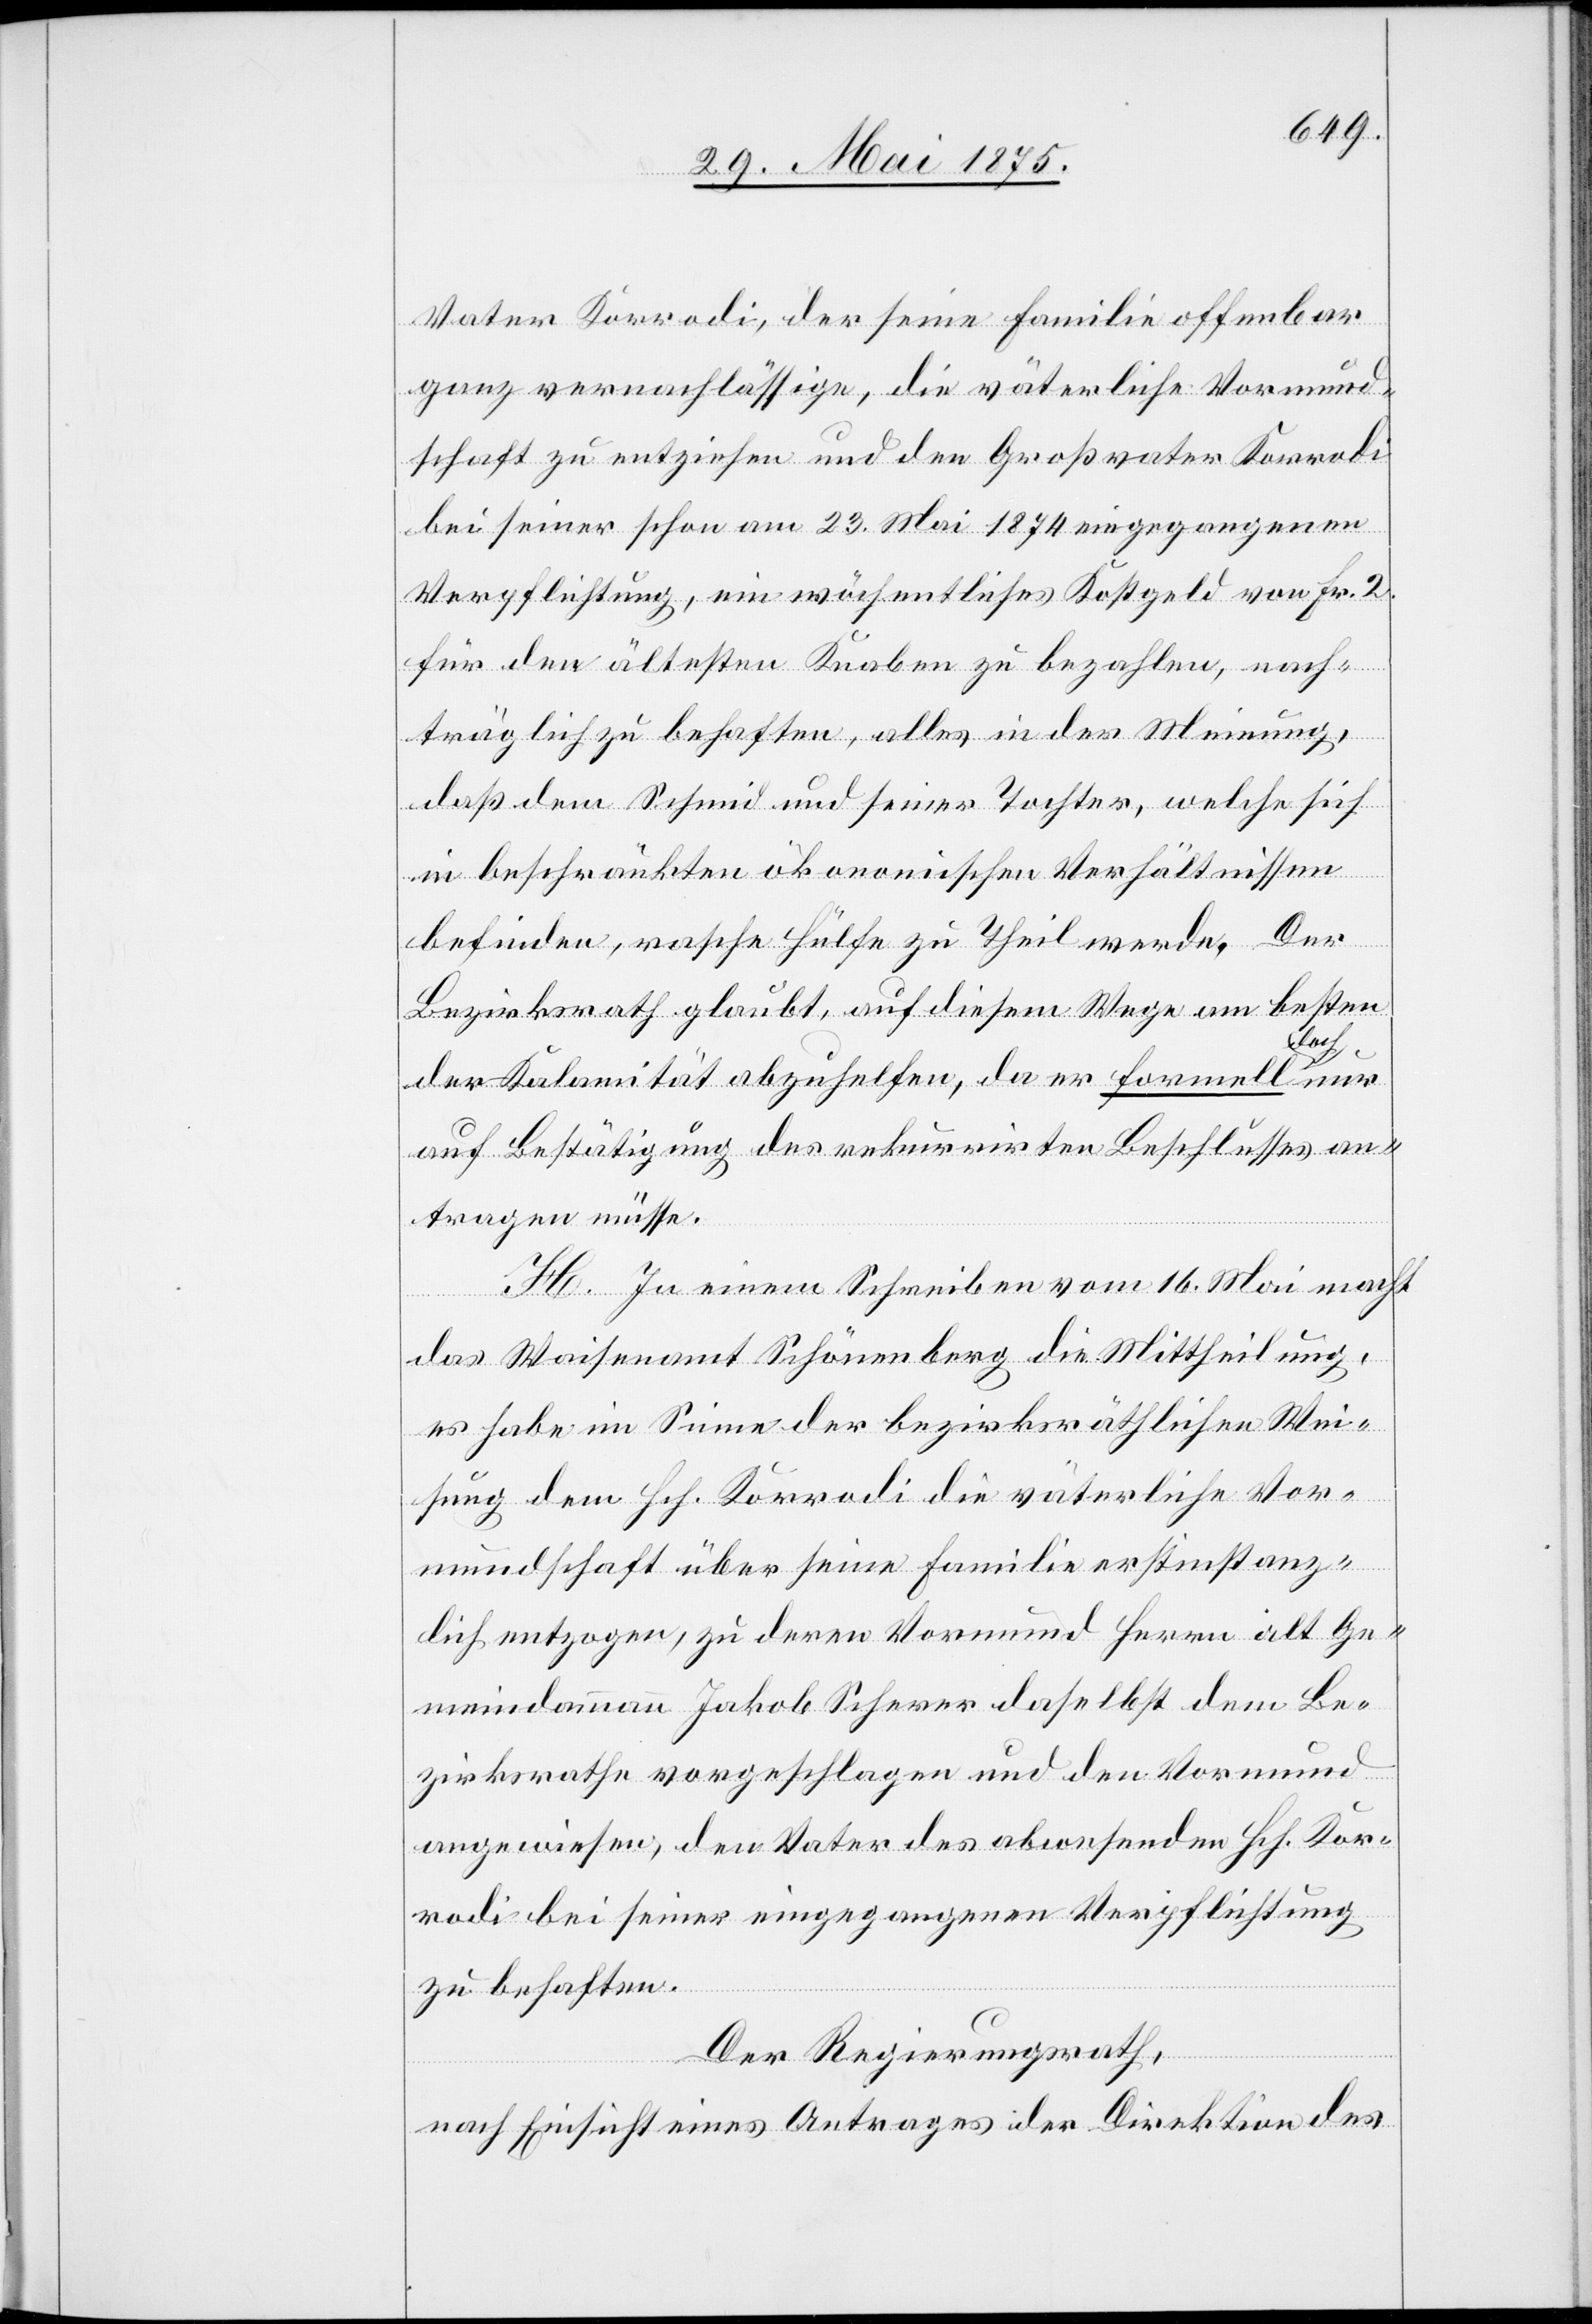
Vater Korradi, der seine Familie offenbar
ganz vernachlässige, die väterliche Vormund¬
schaft zu entziehen und den Großvater Korradi
bei seiner schon am 23. Mai 1874 eingegangenen
Verpflichtung, ein wöchentliches Kostgeld von Fr. 2
für den ältesten Knaben zu bezahlen, nach¬
träglich zu behaften, alles in der Meinung,
daß dem Schmid und seiner Tochter, welche sich
in beschränkten ökonomischen Verhältnissen
befinden, rasche Hülfe zu Theil werde. Der
Bezirksrath glaubt, auf diesem Wege am besten
och
der Kalamität abzuhelfen, da er formell d¬
auf Bestätigung des rekurrirten Beschlusses an¬
tragen müsse.
nur
H. In einem Schreiben vom 16. Mai macht
das Waisenamt Schönenberg die Mittheilung,
es habe im Sinne der bezirksräthlichen Wei¬
sung dem Hch. Korradi die väterliche Vor¬
mundschaft über seine Familie erstinstanz¬
lich entzogen, zu deren Vormund Herrn alt Ge¬
meindammann Jakob Scherer daselbst dem Be¬
zirksrathe vorgeschlagen und den Vormund
angewiesen, den Vater des abwesenden Hch. Kor¬
radi bei seiner eingegangenen Verpflichtung
zu behaften.
Der Regierungsrath,
nach Einsicht eines Antrages der Direktion des